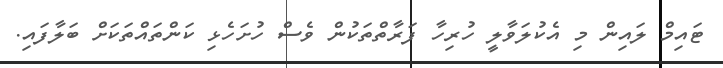
ޓައިމް ލައިން މި އެކުލަވާލީ ހުރިހާ ފަރާތްތަކުން ވެސް ހުށަހެޅި ކަންތައްތަކަށް ބަލާފައި.